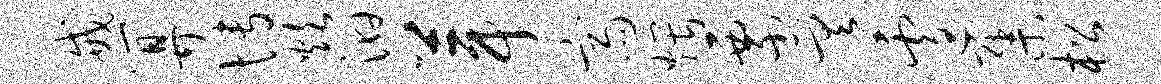
戒算博炊汩葺斋煨票差遽集松